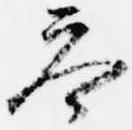
答